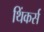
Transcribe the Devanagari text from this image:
थिंकर्स